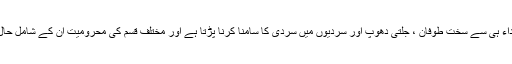
لیکن جو درخت پہاڑوں اور بیابانوں کے درمیان اگتے ہیں اور ان کی شاخوں کو ابتداء ہی سے سخت طوفان ، جلتی دھوپ اور سردیوں میں سردی کا سامنا کرنا پڑتا ہے اور مختلف قسم کی محرومیت ان کے شامل حال ہوتی ہے ، ایسے درخت محکم ، ہمیشہ قائم رہنے والے اور سخت جان ہوتے ہیں ۔